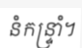
នំកន្ទ្រាំ។